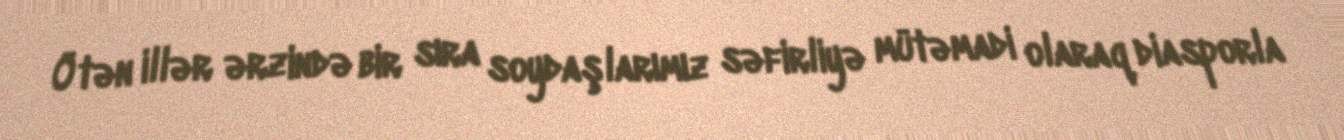
Ötən illər ərzində bir sıra soydaşlarımız səfirliyə mütəmadi olaraq diasporla